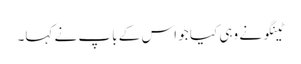
ٹینگو نے وہی کیا جو اس کے باپ نے کہا۔